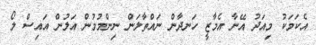
އެކަމަކު މިއަދު އޭނާ އެމާޒީ ހަނދާން ނައްތާލަން ނިންމުމުން އަލުން އައިސް ލޯ